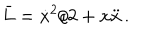
LaTeX: \bar { L } = \dot { x } ^ { 2 } / 2 + x \ddot { x } \, .